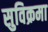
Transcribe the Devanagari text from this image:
सुविक्रमा